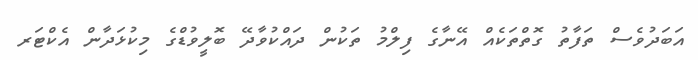
އަބަދުވެސް ތަފާތު ގޮތްތަކެއް އޭނާގެ ފިލްމު ތަކުން ދައްކުވާދޭ ބޮލީވުޑްގެ މިކުޅަދާން އެކްޓަރ